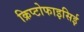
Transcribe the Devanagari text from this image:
क्रिप्टोफाइसिई